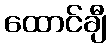
ထောင်ချီ